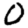
Digit: 0